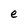
Character: e